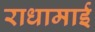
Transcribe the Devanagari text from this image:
राधामाई